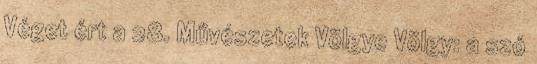
Véget ért a 28. Művészetek Völgye Völgy: a szó